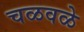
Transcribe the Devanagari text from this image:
चळवळे